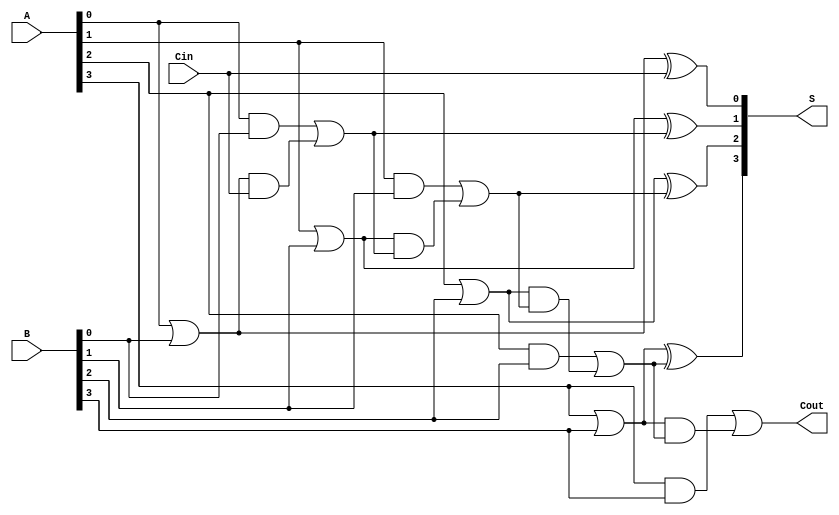
module CLA #(parameter N = 4) (
    input  wire [N-1:0] A,      // First n-bit input
    input  wire [N-1:0] B,      // Second n-bit input
    input  wire Cin,             // Carry-in
    output wire [N-1:0] S,       // n-bit sum output
    output wire Cout             // Carry-out
);

// Generate and Propagate signals
wire [N-1:0] G; // Generate
wire [N-1:0] P; // Propagate
wire [N:0] C;   // Carry bits

// Generate and Propagate logic
genvar i;
generate
    for (i = 0; i < N; i = i + 1) begin : gen_prop
        assign G[i] = A[i] & B[i];          // Generate
        assign P[i] = A[i] | B[i];          // Propagate
    end
endgenerate

// Carry logic
assign C[0] = Cin; // C0 is the input carry

generate
    for (i = 0; i < N; i = i + 1) begin : carry_logic
        assign C[i + 1] = G[i] | (P[i] & C[i]); // Carry calculation
    end
endgenerate

// Sum calculation
generate
    for (i = 0; i < N; i = i + 1) begin : sum_calc
        assign S[i] = P[i] ^ C[i]; // Sum calculation
    end
endgenerate

// Carry-out
assign Cout = C[N]; // Final carry-out

endmodule